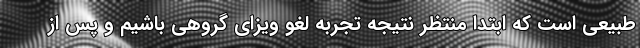
طبیعی است که ابتدا منتظر نتیجه تجربه لغو ویزای گروهی باشیم و پس از